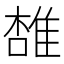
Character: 𨿟